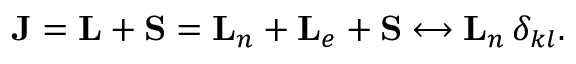
{ \mathbf { J } } = { \mathbf { L } } + { \mathbf { S } } = { \mathbf { L } } _ { n } + { \mathbf { L } } _ { e } + { \mathbf { S } } \longleftrightarrow { \mathbf { L } } _ { n } \, \delta _ { k l } .